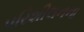
પરિશીલનના